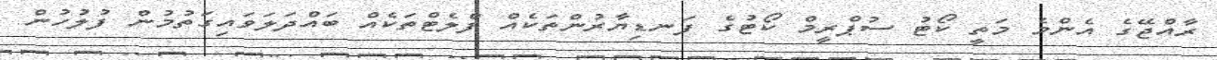
ރާއްޖޭގެ އެންމެ މަތީ ކޯޓު ސުޕްރީމް ކޯޓުގެ ފަނޑިޔާރުންތަކެއް ފްލެޓްތަކެއް ބައްދަލަވައިގަތުމުން ފުލުހުން